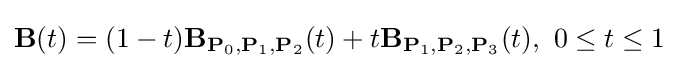
\mathbf {B} (t)=(1-t)\mathbf {B} _{\mathbf {P} _{0},\mathbf {P} _{1},\mathbf {P} _{2}}(t)+t\mathbf {B} _{\mathbf {P} _{1},\mathbf {P} _{2},\mathbf {P} _{3}}(t),\ 0\leq t\leq 1